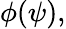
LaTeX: \phi(\psi),